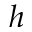
h